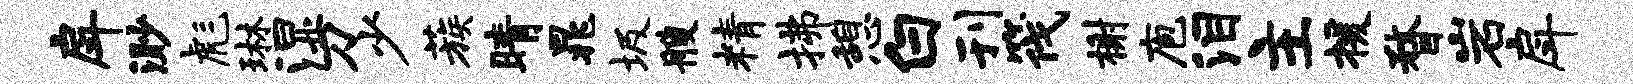
戽渺彪琳湿刀少蔟睛晁圾艘精拂憩白刊筏榭庖泪主援瞀岩戽